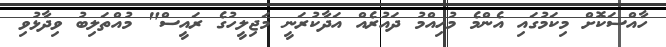
ހާއްސަކޮށް މިކަމުގައި އެންމެ މުހިއްމު ދައުރެއް އަދާކުރަނީ މަޖިލީހުގެ ރައީސް" މުއްތަލިބު ވިދާޅުވި